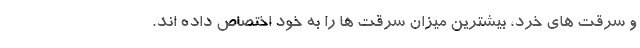
و سرقت های خرد، بیشترین میزان سرقت ها را به خود اختصاص داده اند.